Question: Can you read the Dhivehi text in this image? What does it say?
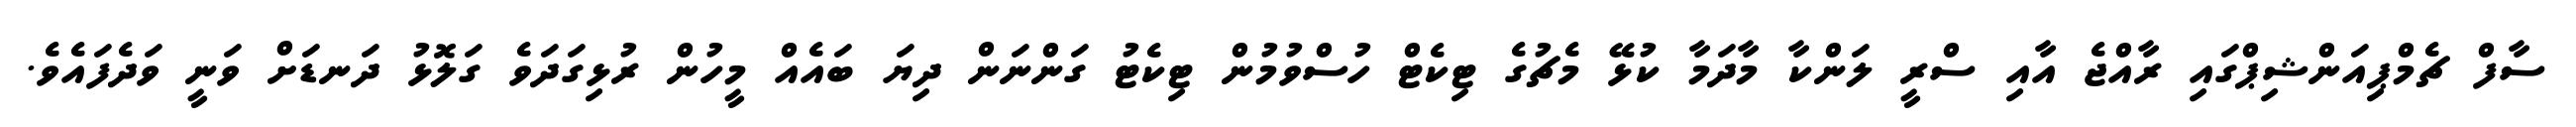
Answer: ސާފް ޗެމްޕިއަންޝިޕްގައި ރާއްޖެ އާއި ސްރީ ލަންކާ މާދަމާ ކުޅޭ މެޗުގެ ޓިކެޓް ހުސްވުމުން ޓިކެޓު ގަންނަން ދިޔަ ބައެއް މީހުން ރުޅިގަދަވެ ގަލޮޅު ދަނޑަށް ވަނީ ވަދެފައެވެ.